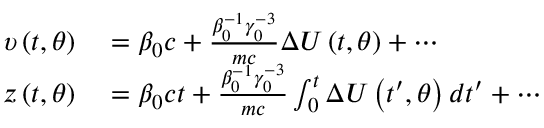
\begin{array} { r l } { \upsilon \left( t , \theta \right) } & { { } = \beta _ { 0 } c + \frac { \beta _ { 0 } ^ { - 1 } \gamma _ { 0 } ^ { - 3 } } { m c } \Delta U \left( t , \theta \right) + \cdots } \\ { z \left( t , \theta \right) } & { { } = \beta _ { 0 } c t + \frac { \beta _ { 0 } ^ { - 1 } \gamma _ { 0 } ^ { - 3 } } { m c } \int _ { 0 } ^ { t } \Delta U \left( { t } ^ { \prime } , \theta \right) d { t } ^ { \prime } + \cdots } \end{array}